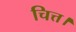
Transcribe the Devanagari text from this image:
चित्त।